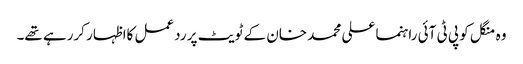
وہ منگل کو پی ٹی آئی راہنما علی محمد خان کے ٹویٹ پر ردعمل کااظہار کررہے تھے۔